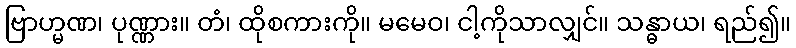
ဗြာဟ္မဏ၊ ပုဏ္ဏား။ တံ၊ ထိုစကားကို။ မမေဝ၊ ငါ့ကိုသာလျှင်။ သန္ဓာယ၊ ရည်၍။